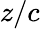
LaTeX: z/c